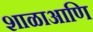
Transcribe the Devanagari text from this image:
शाळाआणि